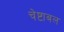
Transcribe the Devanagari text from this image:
चेष्टाबल